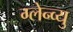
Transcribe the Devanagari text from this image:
ग्लेन्व्यु